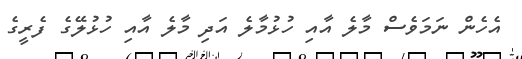
އެހެން ނަމަވެސް މާލެެ އާއި ހުުޅުމާލެ އަދި މާލެ އާއި ހުޅުލޭގެ ފެރީގެ